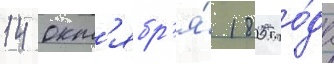
14 окт'ябр'я́ 1805 го́да